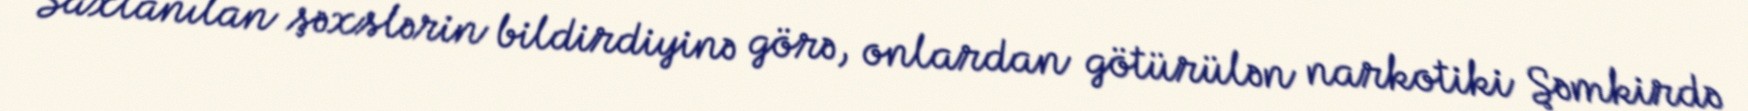
Saxlanılan şəxslərin bildirdiyinə görə, onlardan götürülən narkotiki Şəmkirdə